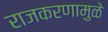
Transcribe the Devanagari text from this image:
राजकरणामुळे